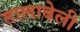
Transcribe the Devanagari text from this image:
तालाबेली